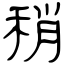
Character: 稍